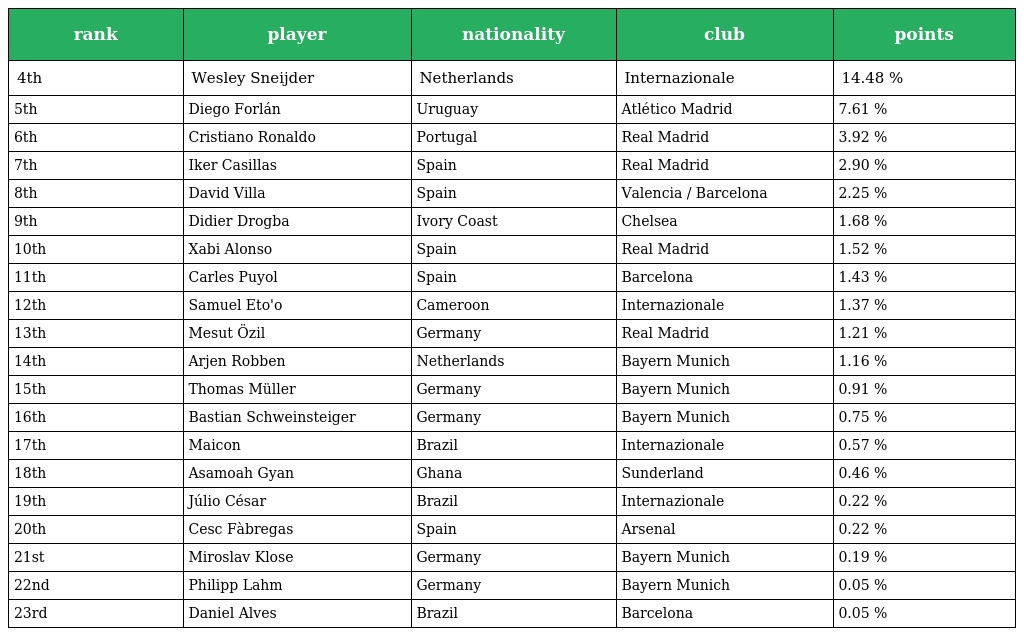
| rank | player | nationality | club | points |
 | --- | --- | --- | --- | --- |
 | 4th | Wesley Sneijder | Netherlands | Internazionale | 14.48 % |
 | 5th | Diego Forlán | Uruguay | Atlético Madrid | 7.61 % |
 | 6th | Cristiano Ronaldo | Portugal | Real Madrid | 3.92 % |
 | 7th | Iker Casillas | Spain | Real Madrid | 2.90 % |
 | 8th | David Villa | Spain | Valencia / Barcelona | 2.25 % |
 | 9th | Didier Drogba | Ivory Coast | Chelsea | 1.68 % |
 | 10th | Xabi Alonso | Spain | Real Madrid | 1.52 % |
 | 11th | Carles Puyol | Spain | Barcelona | 1.43 % |
 | 12th | Samuel Eto'o | Cameroon | Internazionale | 1.37 % |
 | 13th | Mesut Özil | Germany | Real Madrid | 1.21 % |
 | 14th | Arjen Robben | Netherlands | Bayern Munich | 1.16 % |
 | 15th | Thomas Müller | Germany | Bayern Munich | 0.91 % |
 | 16th | Bastian Schweinsteiger | Germany | Bayern Munich | 0.75 % |
 | 17th | Maicon | Brazil | Internazionale | 0.57 % |
 | 18th | Asamoah Gyan | Ghana | Sunderland | 0.46 % |
 | 19th | Júlio César | Brazil | Internazionale | 0.22 % |
 | 20th | Cesc Fàbregas | Spain | Arsenal | 0.22 % |
 | 21st | Miroslav Klose | Germany | Bayern Munich | 0.19 % |
 | 22nd | Philipp Lahm | Germany | Bayern Munich | 0.05 % |
 | 23rd | Daniel Alves | Brazil | Barcelona | 0.05 % |